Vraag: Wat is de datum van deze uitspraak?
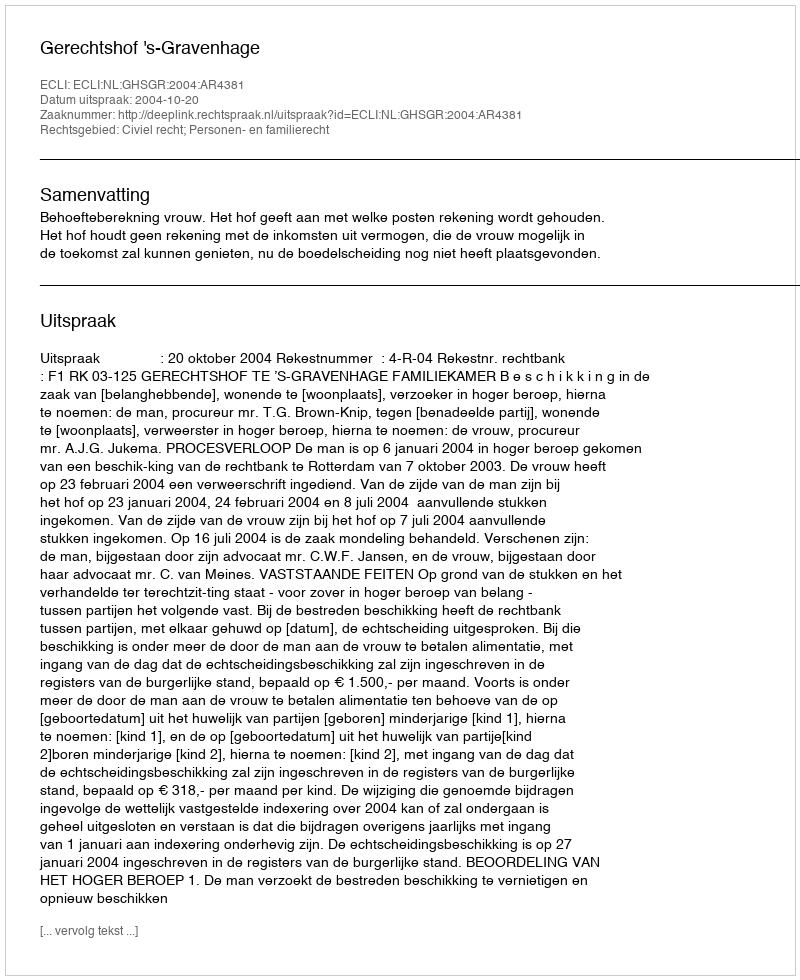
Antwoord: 2004-10-20